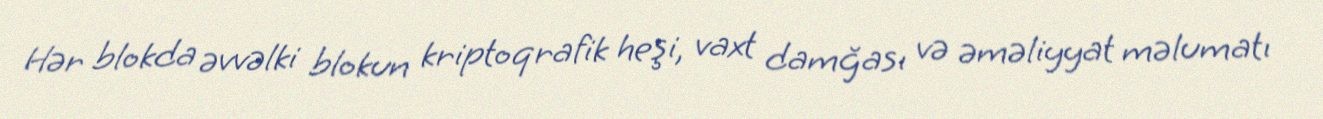
Hər blokda əvvəlki blokun kriptoqrafik heşi, vaxt damğası və əməliyyat məlumatı